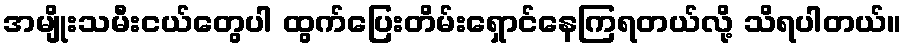
အမျိုးသမီးငယ်တွေပါ ထွက်ပြေးတိမ်းရှောင်နေကြရတယ်လို့ သိရပါတယ်။